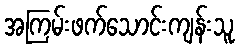
အကြမ်းဖက်သောင်းကျန်းသူ